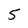
Character: 5